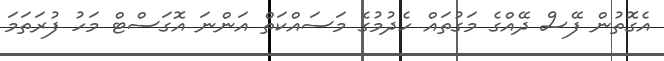
އެގޮތުން ފޭސް ދޭއްގެ މަގުތައް ހެދުމުގެ މަސައްކަތް އަންނަ އޮގަސްޓް މަހު ފުރަތަމަ